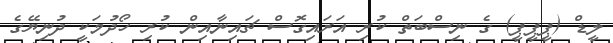
ލީޑް (ޕީޕީޕީ) ގެ ނިސްބަތް ކުރި އަރައިގޮސް ޗައިނާއިން ކުރި ހޯދުމަކީ ދުނިޔޭގެ